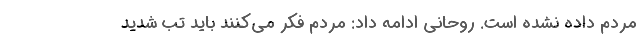
مردم داده نشده است. روحانی ادامه داد: مردم فکر می‌کنند باید تب شدید